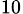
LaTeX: _{10}